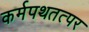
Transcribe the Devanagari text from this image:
कर्मपथतत्पर